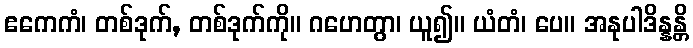
ဧကေကံ၊ တစ်ဒုက်, တစ်ဒုက်ကို။ ဂဟေတွာ၊ ယူ၍။ ယံတံ၊ ပေ။ အနုပါဒိန္နန္တိ